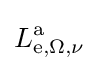
L\mathrm {_{e,\Omega ,\nu }^{a}}